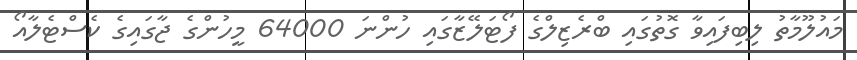
މައުލޫމާތު ލިބިފައިވާ ގޮތުގައި ބްރެޒިލްގެ ފޯޓަލޭޒާގައި ހުންނަ 64000 މީހުންގެ ޖާގައިގެ ކެސްޓެލާއޯ